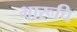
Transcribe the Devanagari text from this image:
भारूचि